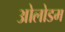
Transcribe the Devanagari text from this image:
ओलोडम